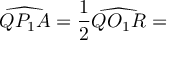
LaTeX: { \widehat { Q P _ { 1 } A } } = { \frac { 1 } { 2 } } { \widehat { Q O _ { 1 } R } } =